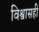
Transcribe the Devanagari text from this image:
विश्वासही